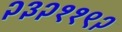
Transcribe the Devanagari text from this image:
२३२११९२